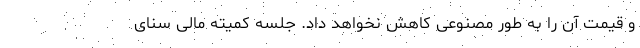
و قیمت آن را به طور مصنوعی کاهش نخواهد داد. جلسه کمیته مالی سنای